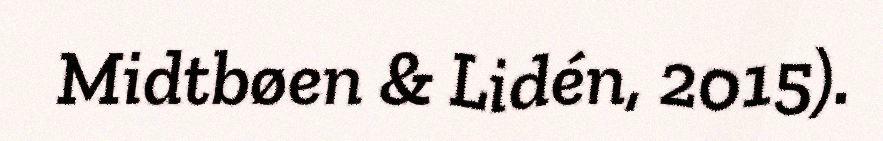
Midtbøen & Lidén, 2015).